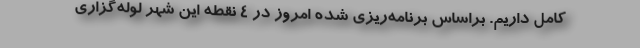
کامل داریم. براساس برنامه‌ریزی شده امروز در 4 نقطه این شهر لوله‌گزاری